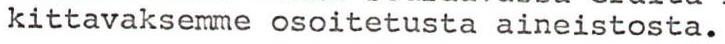
kittavaksemme osoitetusta aineistosta.